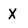
Character: x